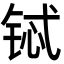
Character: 铽